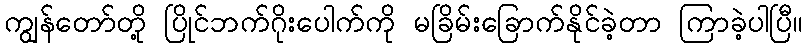
ကျွန်တော်တို့ ပြိုင်ဘက်ဂိုးပေါက်ကို မခြိမ်းခြောက်နိုင်ခဲ့တာ ကြာခဲ့ပါပြီ။